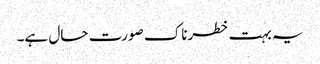
یہ بہت خطرناک صورت حال ہے۔